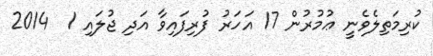
ކުރިމަތިލެވެނީ ޢުމުރުން 17 އަހަރު ފުރިފައިވާ އަދި ޖުލައި 1  2014